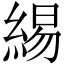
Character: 緆